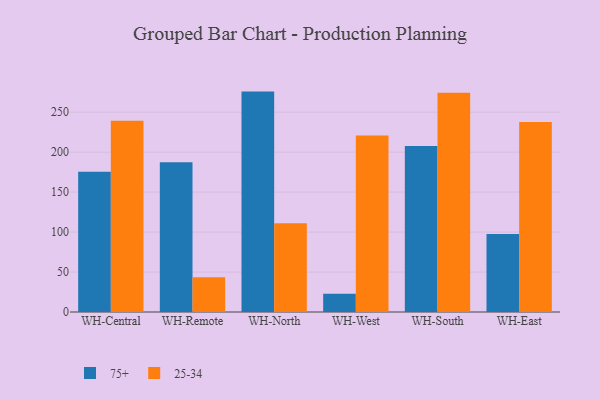
{"axis": {"x": "Warehouse", "y": "Population (Million)"}, "legend": ["25-34", "75+"], "data": [{"x": "WH-Central", "y": 175.5, "type": "75+"}, {"x": "WH-Central", "y": 239.3, "type": "25-34"}, {"x": "WH-Remote", "y": 187.4, "type": "75+"}, {"x": "WH-Remote", "y": 43.5, "type": "25-34"}, {"x": "WH-North", "y": 275.7, "type": "75+"}, {"x": "WH-North", "y": 110.9, "type": "25-34"}, {"x": "WH-West", "y": 22.9, "type": "75+"}, {"x": "WH-West", "y": 220.8, "type": "25-34"}, {"x": "WH-South", "y": 207.7, "type": "75+"}, {"x": "WH-South", "y": 274.2, "type": "25-34"}, {"x": "WH-East", "y": 97.7, "type": "75+"}, {"x": "WH-East", "y": 237.6, "type": "25-34"}]}